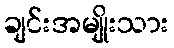
ချင်းအမျိုးသား